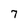
Character: 7